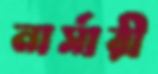
নার্সারী